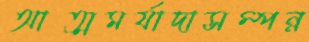
আত্মমর্যাদাসম্পন্ন